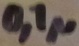
Text: 0,1µ